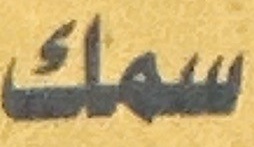
سمك